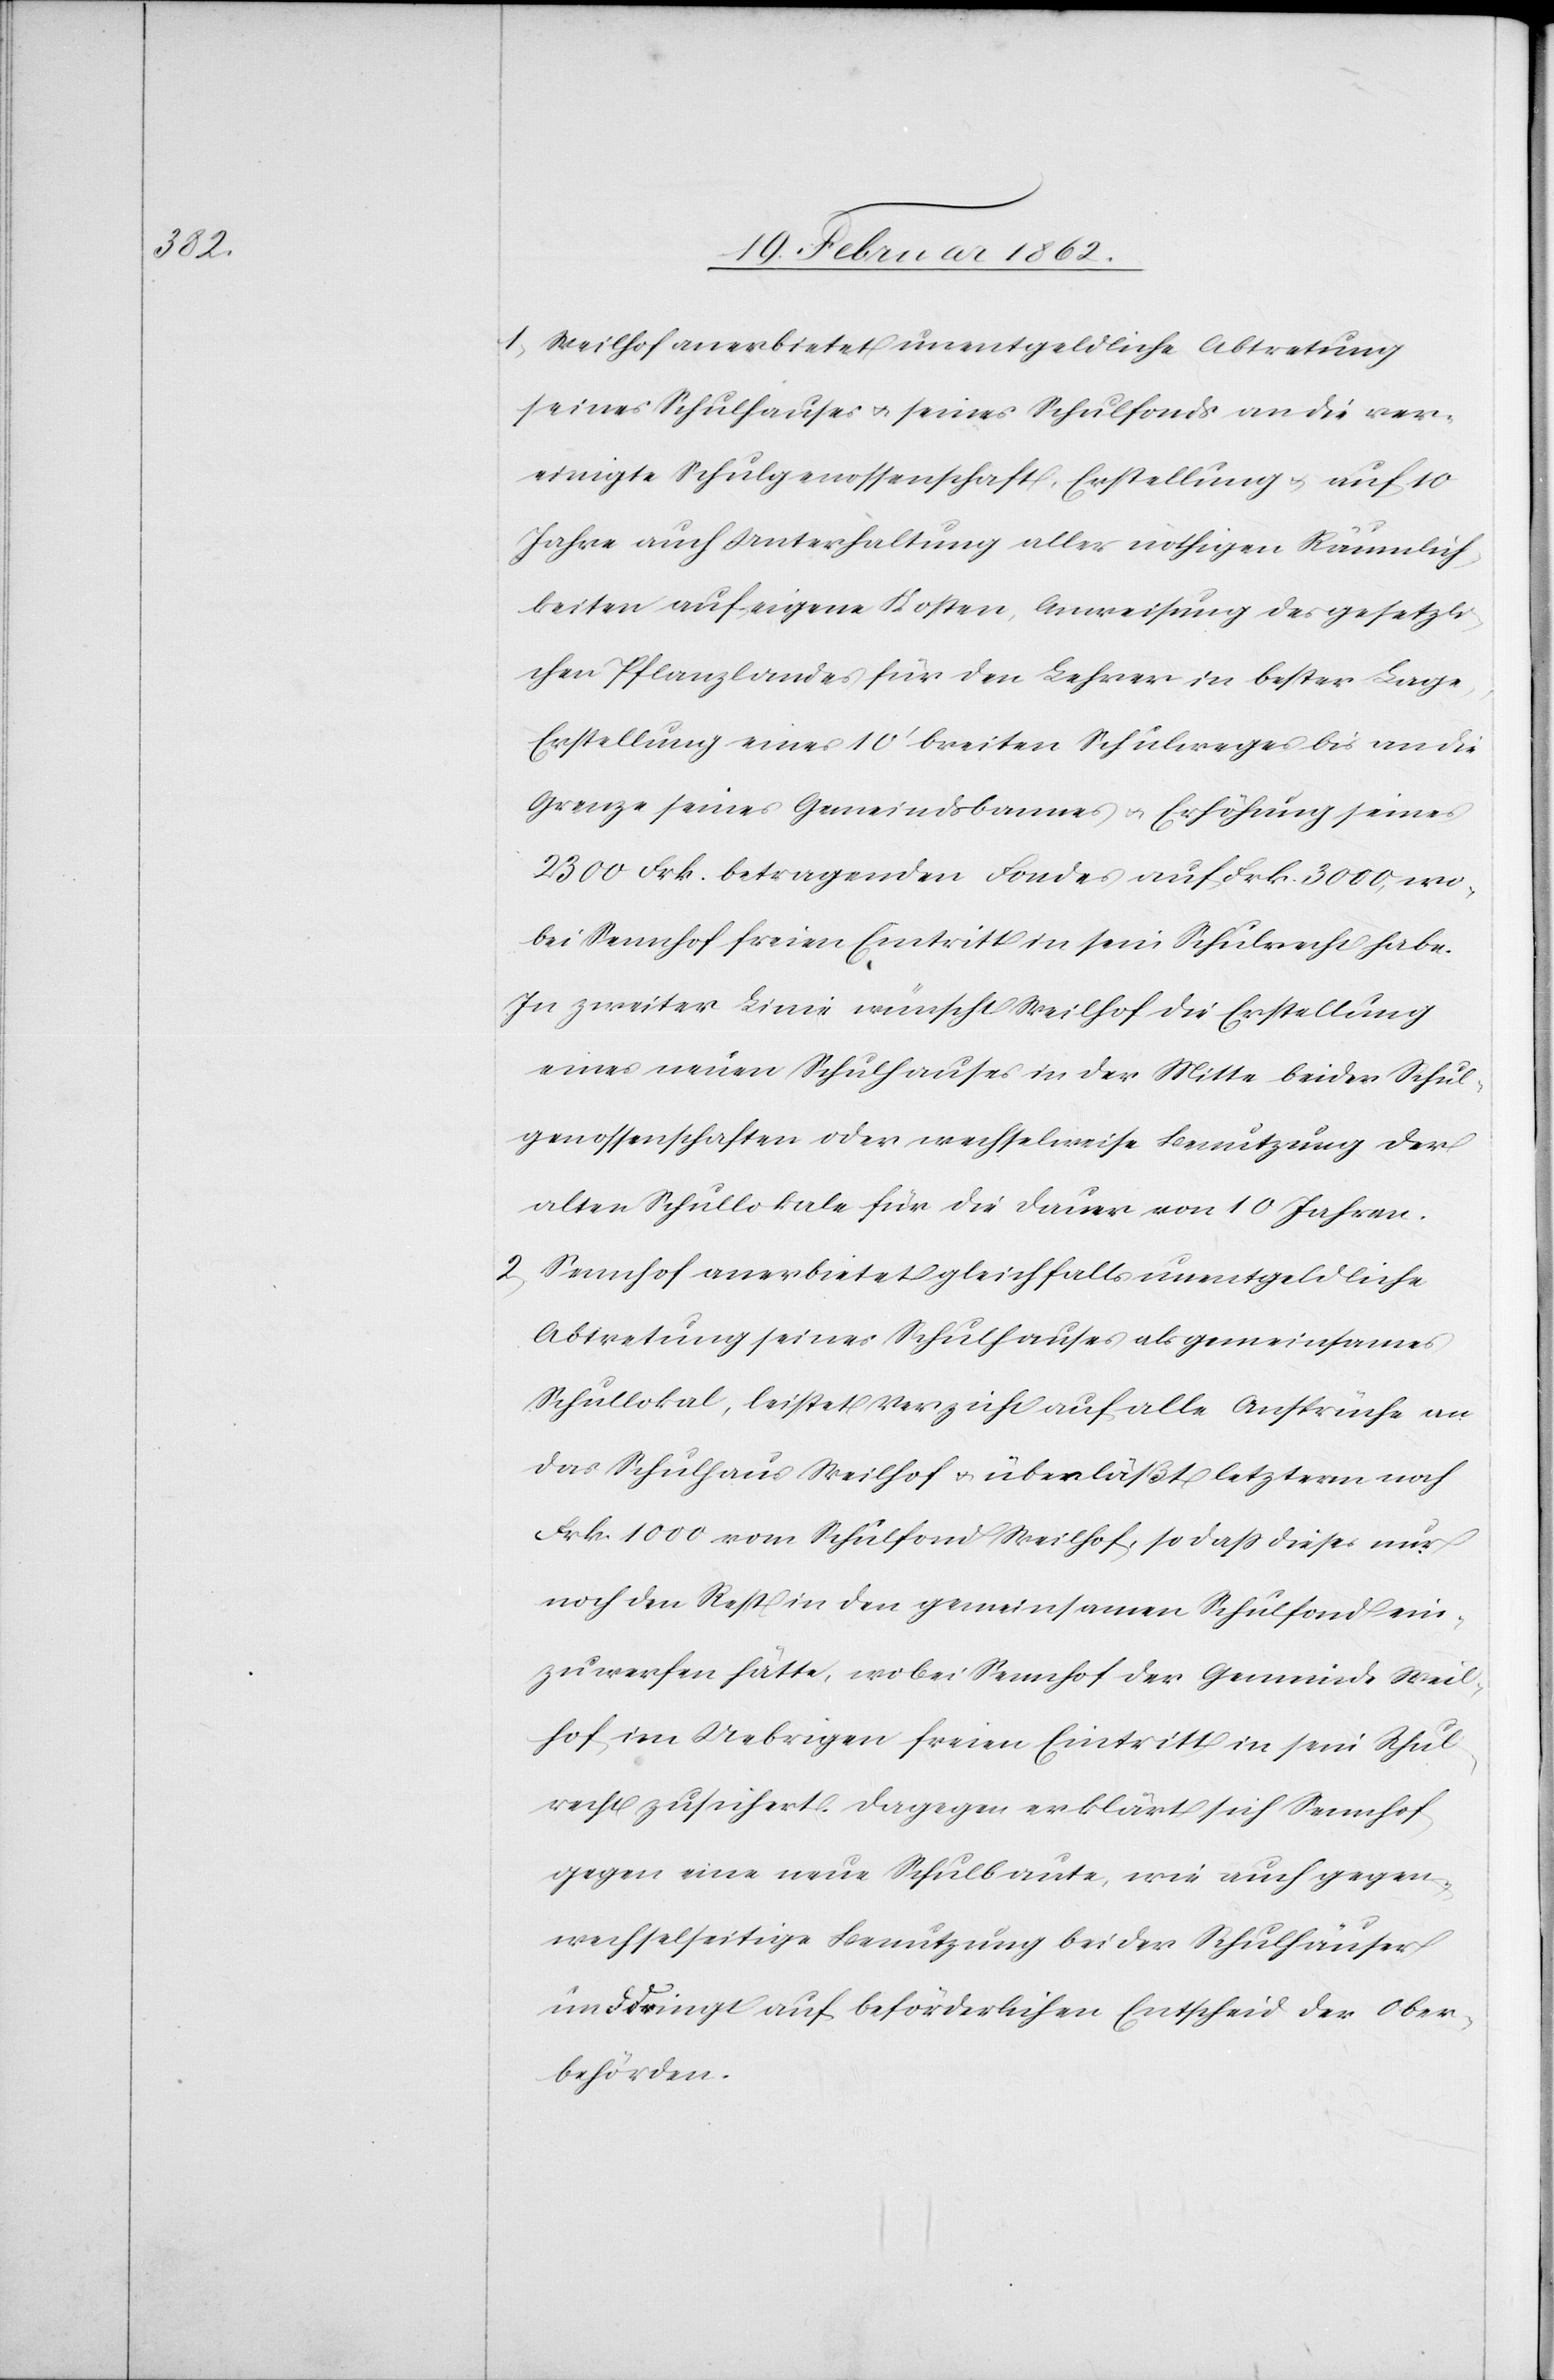
1) Weilhof anerbietet unentgeldliche Abtretung
seines Schulhauses u. seines Schulfonds an die ver¬
einigte Schulgenossenschaft, Erstellung u. auf 10
Jahre auch Unterhaltung aller nöthigen Räumlich¬
keiten auf eigene Kosten, Anweisung des gesetzli¬
chen Pflanzlandes für den Lehrer in bester Lage,
Erstellung eines 10’ breiten Schulweges bis an die
Grenze seines Gemeindsbannes u. Erhöhung seines
2300 Frk. betragenden Fondes auf Frk. 3000, wo¬
bei Sennhof freien Eintritt in sein Schulrecht habe.
In zweiter Linie wünscht Weilhof die Erstellung
eines neuen Schulhauses in der Mitte beider Schul¬
genossenschaften oder wechselweise Benutzung der
alten Schullokale für die Dauer von 10 Jahren.
2) Sennhof anerbietet gleichfalls unentgeldliche
Abtretung seines Schulhauses als gemeinsames
Schullokal, leistet Verzicht auf alle Ansprüche an
das Schulhaus Weilhof u. überläßt letzterm noch
Frk. 1000 vom Schulfond Weilhof, so daß dieses nur
noch den Rest in den gemeinsamen Schulfond ein¬
zuwerfen hätte, wobei Sennhof der Gemeinde Weil¬
hof im Uebrigen freien Eintritt in sein Schul¬
recht zusichert. Dagegen erklärt sich Sennhof
gegen eine neue Schulbaute, wie auch gegen
wechselseitige Benutzung beider Schulhäuser
und dringt auf beförderlichen Entscheid der Ober¬
behörden.